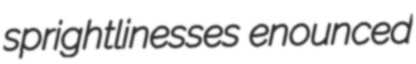
sprightlinesses enounced